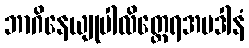
ဘာဂိနေယျုပါလိတ္ထေရအပဒါနံ